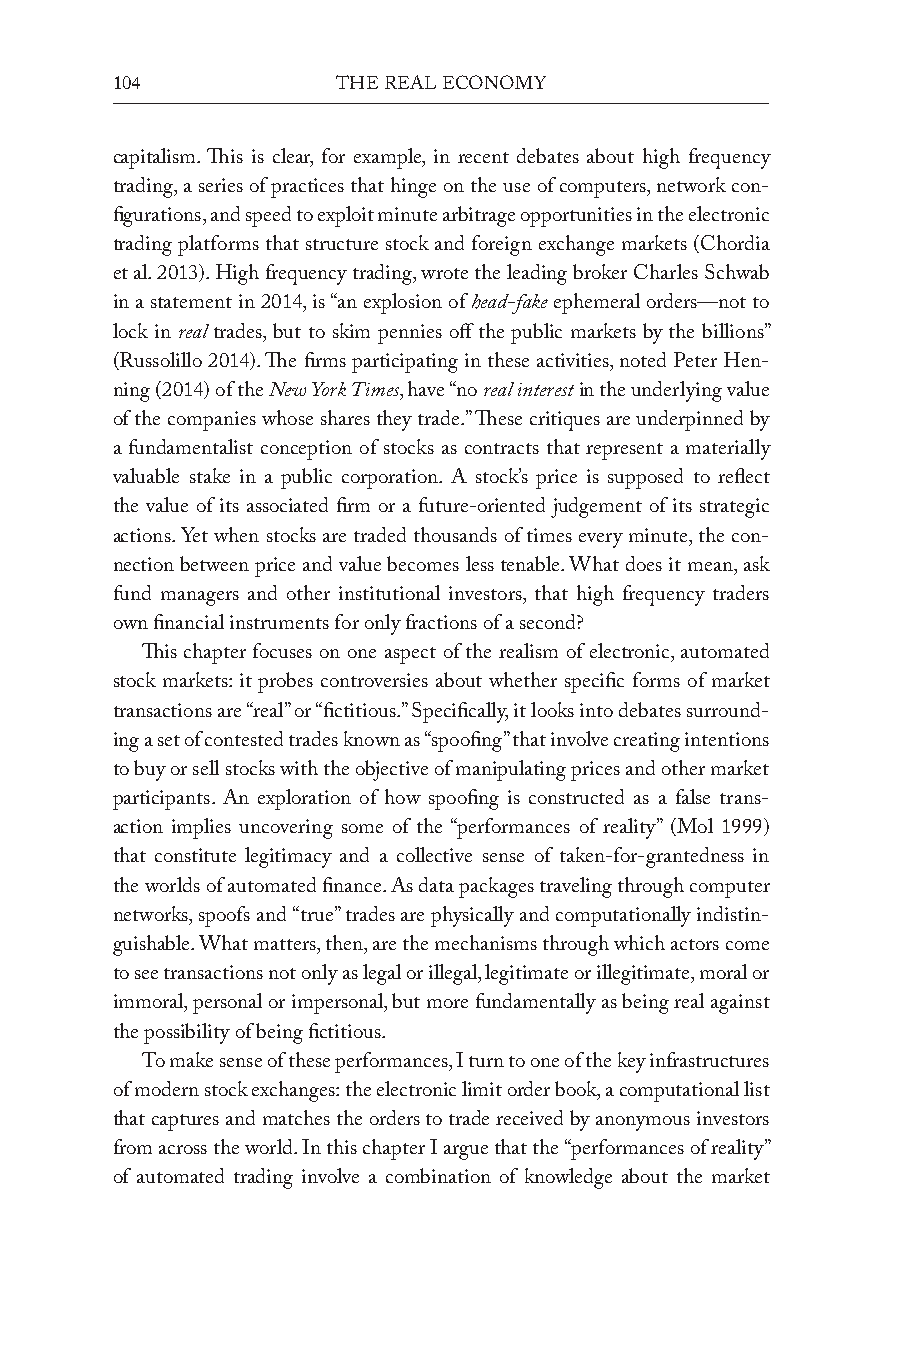
104            The Real economy
 capitalism. This is clear, for example, in recent debates about high frequency
 trading, a series of practices that hinge on the use of computers, network con-
 figurations, and speed to exploit minute arbitrage opportunities in the electronic
 trading platforms that structure stock and foreign exchange markets (Chordia
 et al. 2013). High frequency trading, wrote the leading broker Charles Schwab
 in a statement in 2014, is “an explosion of head-fake ephemeral orders—not to
 lock in real trades, but to skim pennies off the public markets by the billions”
 (Russolillo 2014). The firms participating in these activities, noted Peter Hen-
 ning (2014) of the New York Times, have “no real interest in the underlying value
 of the companies whose shares they trade.” These critiques are underpinned by
 a fundamentalist conception of stocks as contracts that represent a materially
 valuable stake in a public corporation. A stock’s price is supposed to reflect
 the value of its associated firm or a future-oriented judgement of its strategic
 actions. Yet when stocks are traded thousands of times every minute, the con-
 nection between price and value becomes less tenable. What does it mean, ask
 fund managers and other institutional investors, that high frequency traders
 own financial instruments for only fractions of a second?
 This chapter focuses on one aspect of the realism of electronic, automated
 stock markets: it probes controversies about whether specific forms of market
 transactions are “real” or “fictitious.” Specifically, it looks into debates surround-
 ing a set of contested trades known as “spoofing” that involve creating intentions
 to buy or sell stocks with the objective of manipulating prices and other market
 participants. An exploration of how spoofing is constructed as a false trans-
 action implies uncovering some of the “performances of reality” (Mol 1999)
 that constitute legitimacy and a collective sense of taken-for-grantedness in
 the worlds of automated finance. As data packages traveling through computer
 networks, spoofs and “true” trades are physically and computationally indistin-
 guishable. What matters, then, are the mechanisms through which actors come
 to see transactions not only as legal or illegal, legitimate or illegitimate, moral or
 immoral, personal or impersonal, but more fundamentally as being real against
 the possibility of being fictitious.
 To make sense of these performances, I turn to one of the key infrastructures
 of modern stock exchanges: the electronic limit order book, a computational list
 that captures and matches the orders to trade received by anonymous investors
 from across the world. In this chapter I argue that the “performances of reality”
 of automated trading involve a combination of knowledge about the market